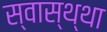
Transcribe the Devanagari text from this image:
स्वास्थ्था